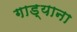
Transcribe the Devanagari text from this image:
गाड्याना